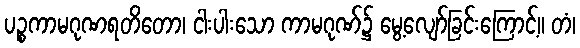
ပဉ္စကာမဂုဏရတိတော၊ ငါးပါးသော ကာမဂုဏ်၌ မွေ့လျော်ခြင်းကြောင့်။ တံ၊